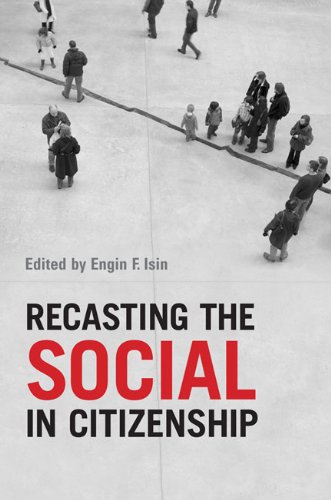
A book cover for Recasting the  Social in Citizenship; Politics & Social Sciences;